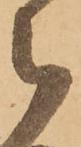
被